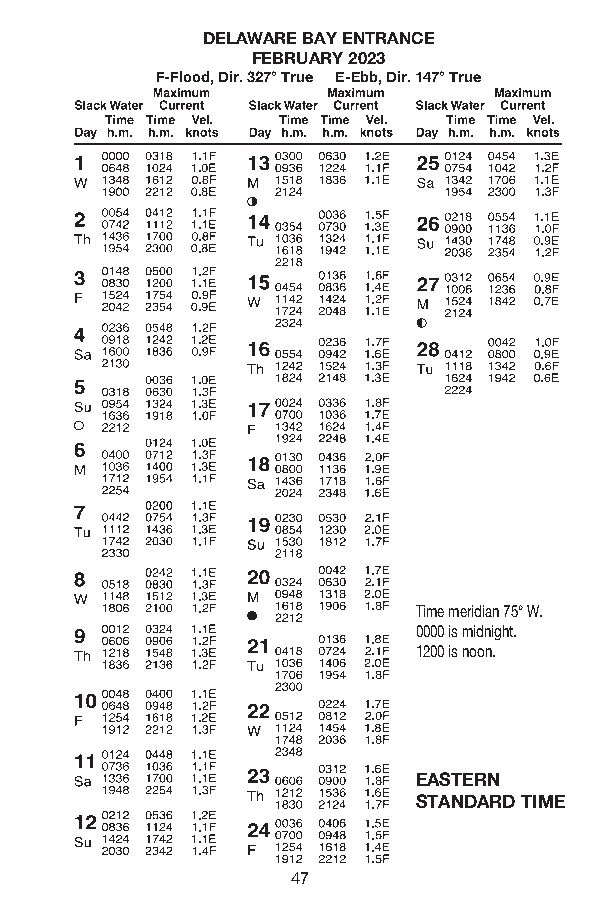
DELAWARE BAY ENTRANCE
 FEBRUARY 2023
 F-Flood, Dir . 327° True E-Ebb, Dir . 147° True
 Time meridian 75° W.
 0000 is midnight.
 1200 is noon.
 EASTERN
 STANDARD TIME
 47